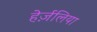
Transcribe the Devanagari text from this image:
हेर्ज़लिया